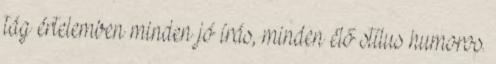
tág értelemben minden jó írás, minden élő stílus humoros.